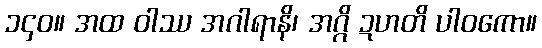
၁၄၀။ အထ ဝါဿ အဂါရာနိ၊ အဂ္ဂိ ဍဟတိ ပါဝကော။